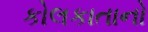
કોલકાતાનો